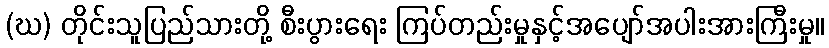
(ဃ) တိုင်းသူပြည်သားတို့ စီးပွားရေး ကြပ်တည်းမှုနှင့်အပျော်အပါးအားကြီးမှု။